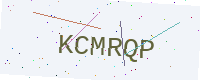
Text: KCMRQP